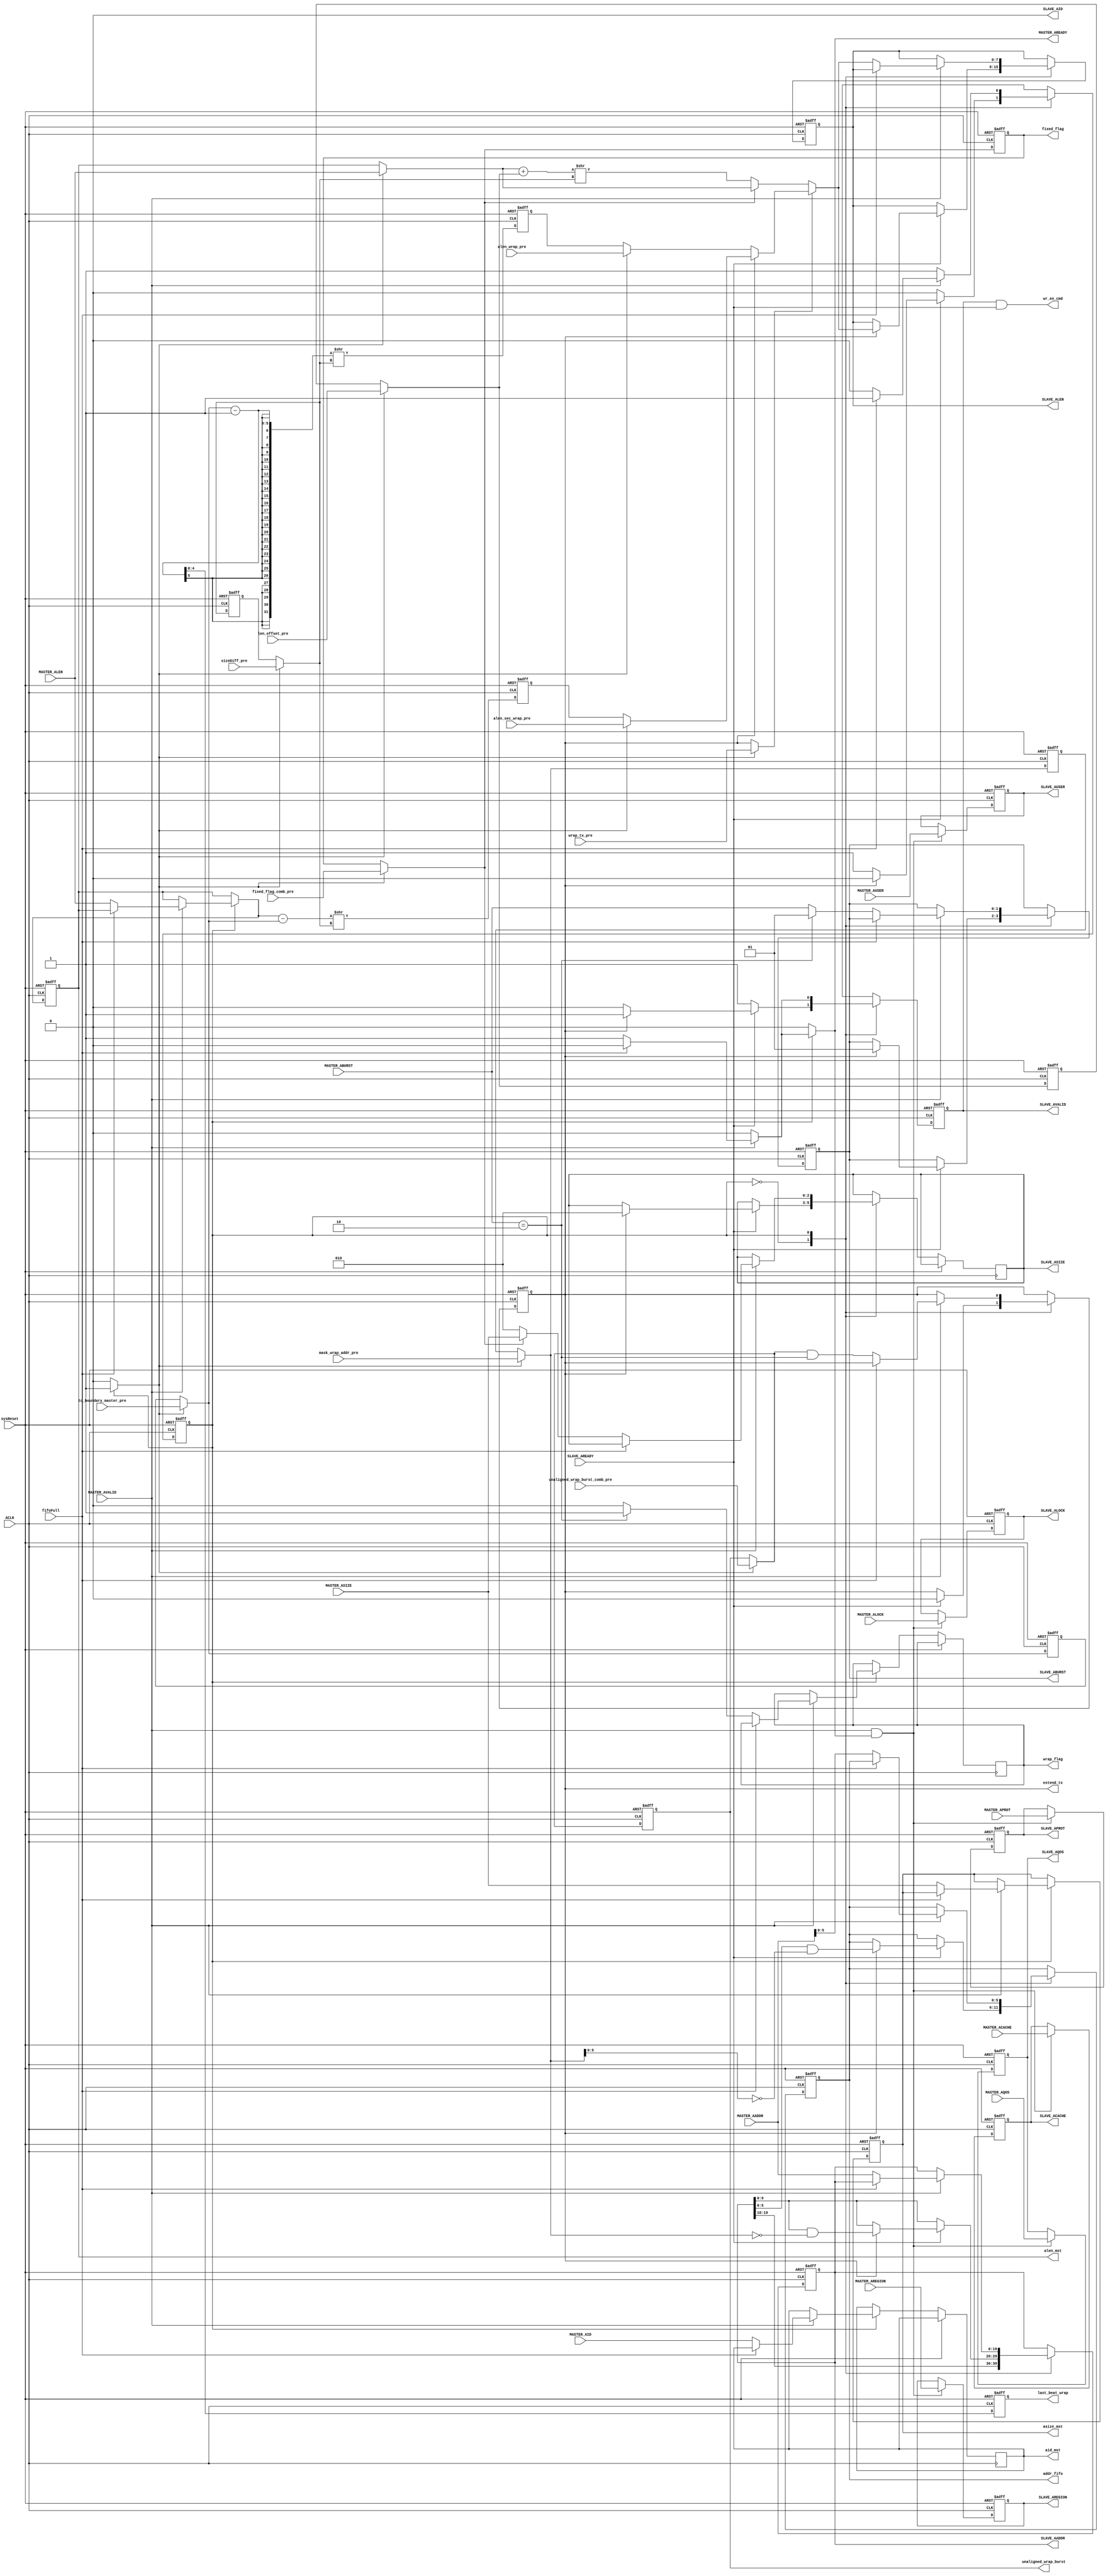
//--------------------------------------------------
//  
//      Verilog code generated by Visual Elite
//
//  Design Unit:
//  ------------
//      Unit    Name  :  DWC_UpConv_AChannel
//      Library Name  :  pk1
//  
//      Version       :  2007.11 v4.0.1 build 11. Date: Dec  9 2007. License: 2007.12
//  
//  Options Used:
//  -------------
//      Target
//         Language   :  Verilog
//         Purpose    :  Synthesis
//         Vendor     :  Generic
//  
//      Style
//         Use tasks                      :  No
//         Code Destination               :  Combined file
//         Attach Directives              :  Yes
//         Structural                     :  No
//         Free text style                :  / / ...
//         Preserve spacing for free text :  Yes
//         Declaration alignment          :  Yes
//         Sort Ports by mode             :  Yes
//         New line for each Port         :  Yes
//         Attach comment to Port         :  Yes
//
//--------------------------------------------------
//--------------------------------------------------
// ********************************************************************/                                                                                     
// Microsemi Corporation Proprietary and Confidential                                                                                     
// Copyright 2016 Microsemi Corporation.  All rights reserved.                                                                                     
//                                                                                      
// ANY USE OR REDISTRIBUTION IN PART OR IN WHOLE MUST BE HANDLED IN                                                                                     
// ACCORDANCE WITH THE MICROSEMI LICENSE AGREEMENT AND MUST BE APPROVED                                                                                     
// IN ADVANCE IN WRITING.                                                                                     
//                                                                                      
// SVN Revision Information:                                                                                     
// SVN $Revision$                                                                                     
// SVN $Date$                                                                                     
//                                                                                      
// Resolved SARs                                                                                     
// SAR      Date     Who   Description                                                                                     
// Notes:                                                                                     
//                                                                                      
//                                                                                      
// *********************************************************************/                                                                                                                 
//--------------------------------------------------
 
 
module DWC_UpConv_AChannel (
                            //  input ports
                            ACLK,
                            sysReset,
                            MASTER_ALEN,
                            MASTER_AVALID,
                            MASTER_AID,
                            MASTER_AADDR,
                            MASTER_ABURST,
                            MASTER_ACACHE,
                            MASTER_ALOCK,
                            MASTER_ASIZE,
                            MASTER_APROT,
                            MASTER_AQOS,
                            MASTER_AREGION,
                            MASTER_AUSER,
                            SLAVE_AREADY,
                            fifoFull,
                            to_boundary_master_pre,
                            mask_wrap_addr_pre,
                            sizeDiff_pre,
                            unaligned_wrap_burst_comb_pre,
                            len_offset_pre,
                            wrap_tx_pre,
                            fixed_flag_comb_pre,
                            alen_sec_wrap_pre,
                            alen_wrap_pre,
 
                            //  output ports
                            MASTER_AREADY,
                            SLAVE_ALEN,
                            SLAVE_AVALID,
                            SLAVE_AID,
                            SLAVE_AADDR,
                            SLAVE_ABURST,
                            SLAVE_ACACHE,
                            SLAVE_ALOCK,
                            SLAVE_ASIZE,
                            SLAVE_APROT,
                            SLAVE_AQOS,
                            SLAVE_AREGION,
                            SLAVE_AUSER,
                            extend_tx,
                            wr_en_cmd,
                            addr_fifo,
                            asize_mst,
                            alen_mst,
                            wrap_flag,
                            fixed_flag,
                            last_beat_wrap,
                            unaligned_wrap_burst,
                            aid_mst
                            );
 
   parameter        ADDR_WIDTH                      = 20;
   parameter        ID_WIDTH                        = 1;
   parameter        USER_WIDTH                      = 1;
   parameter        DATA_WIDTH_IN                   = 32;
   parameter        DATA_WIDTH_OUT                  = 32;
   parameter        CMD_FIFO_DATA_WIDTH             = 30;
//  input ports
   input            ACLK;
   wire             ACLK;
   input            sysReset;
   wire             sysReset;
   input     [7:0]  MASTER_ALEN;
   wire      [7:0]  MASTER_ALEN;
   input            MASTER_AVALID;
   wire             MASTER_AVALID;
   input     [ID_WIDTH - 1:0] MASTER_AID;
   wire      [ID_WIDTH - 1:0] MASTER_AID;
   input     [ADDR_WIDTH - 1:0] MASTER_AADDR;
   wire      [ADDR_WIDTH - 1:0] MASTER_AADDR;
   input     [1:0]  MASTER_ABURST;
   wire      [1:0]  MASTER_ABURST;
   input     [3:0]  MASTER_ACACHE;
   wire      [3:0]  MASTER_ACACHE;
   input     [1:0]  MASTER_ALOCK;
   wire      [1:0]  MASTER_ALOCK;
   input     [2:0]  MASTER_ASIZE;
   wire      [2:0]  MASTER_ASIZE;
   input     [2:0]  MASTER_APROT;
   wire      [2:0]  MASTER_APROT;
   input     [3:0]  MASTER_AQOS;
   wire      [3:0]  MASTER_AQOS;
   input     [3:0]  MASTER_AREGION;
   wire      [3:0]  MASTER_AREGION;
   input     [USER_WIDTH - 1:0] MASTER_AUSER;
   wire      [USER_WIDTH - 1:0] MASTER_AUSER;
   input            SLAVE_AREADY;
   wire             SLAVE_AREADY;
   input            fifoFull;
   wire             fifoFull;
   input     [4:0]  to_boundary_master_pre;
   wire      [4:0]  to_boundary_master_pre;
   input     [9:0]  mask_wrap_addr_pre;
   wire      [9:0]  mask_wrap_addr_pre;
   input     [2:0]  sizeDiff_pre;
   wire      [2:0]  sizeDiff_pre;
   input            unaligned_wrap_burst_comb_pre;
   wire             unaligned_wrap_burst_comb_pre;
   input     [5:0]  len_offset_pre;
   wire      [5:0]  len_offset_pre;
   input            wrap_tx_pre;
   wire             wrap_tx_pre;
   input            fixed_flag_comb_pre;
   wire             fixed_flag_comb_pre;
   input     [7:0]  alen_sec_wrap_pre;
   wire      [7:0]  alen_sec_wrap_pre;
   input     [7:0]  alen_wrap_pre;
   wire      [7:0]  alen_wrap_pre;
//  output ports
   output           MASTER_AREADY;
   reg              MASTER_AREADY;
   output    [7:0]  SLAVE_ALEN;
   reg       [7:0]  SLAVE_ALEN;
   output           SLAVE_AVALID;
   reg              SLAVE_AVALID;
   output    [ID_WIDTH - 1:0] SLAVE_AID;
   wire      [ID_WIDTH - 1:0] SLAVE_AID;
   output    [ADDR_WIDTH - 1:0] SLAVE_AADDR;
   reg       [ADDR_WIDTH - 1:0] SLAVE_AADDR;
   output    [1:0]  SLAVE_ABURST;
   reg       [1:0]  SLAVE_ABURST;
   output    [3:0]  SLAVE_ACACHE;
   reg       [3:0]  SLAVE_ACACHE;
   output    [1:0]  SLAVE_ALOCK;
   reg       [1:0]  SLAVE_ALOCK;
   output    [2:0]  SLAVE_ASIZE;
   reg       [2:0]  SLAVE_ASIZE;
   output    [2:0]  SLAVE_APROT;
   reg       [2:0]  SLAVE_APROT;
   output    [3:0]  SLAVE_AQOS;
   reg       [3:0]  SLAVE_AQOS;
   output    [3:0]  SLAVE_AREGION;
   reg       [3:0]  SLAVE_AREGION;
   output    [USER_WIDTH - 1:0] SLAVE_AUSER;
   reg       [USER_WIDTH - 1:0] SLAVE_AUSER;
   output           extend_tx;
   reg              extend_tx;
   output           wr_en_cmd;
   wire             wr_en_cmd;
   output    [5:0]  addr_fifo;
   reg       [5:0]  addr_fifo;
   output    [2:0]  asize_mst;
   reg       [2:0]  asize_mst;
   output    [7:0]  alen_mst;
   reg       [7:0]  alen_mst;
   output           wrap_flag;
   reg              wrap_flag;
   output           fixed_flag;
   reg              fixed_flag;
   output    [4:0]  last_beat_wrap;
   reg       [4:0]  last_beat_wrap;
   output           unaligned_wrap_burst;
   reg              unaligned_wrap_burst;
   output    [ID_WIDTH - 1:0] aid_mst;
   reg       [ID_WIDTH - 1:0] aid_mst;
//  local signals
   wire      [1:0]  WRAP;
   reg       [4:0]  to_boundary_master;
   reg       [4:0]  to_boundary_master_reg;
   wire      [7:0]  alen_int;
   wire      [8:0]  alen_tot;
   wire      [7:0]  alen_wrap;
   wire      [7:0]  alen_sec_wrap;
   wire      [7:0]  wrap_alen_out;
   wire      [7:0]  alen_out;
   reg       [5:0]  len_offset;
   reg       [5:0]  len_offset_reg;
   reg       [9:0]  mask_wrap_addr;
   reg              unaligned_wrap_burst_comb;
   reg       [2:0]  sizeDiff_reg;
   reg       [2:0]  sizeDiff;
   wire             addr_phase_accept;
   reg              wrap_tx;
   reg       [9:0]  mask_wrap_addr_reg;
   reg       [7:0]  MASTER_ALEN_int;
   reg              fixed_flag_comb;
   reg              wait_avalid_state;
   reg       [7:0]  alen_sec_wrap_reg;
   reg       [7:0]  alen_wrap_reg;
 
   parameter SEND_TRANS  = 1'b0,
             WAIT_AVALID = 1'b1;
 
 
   reg [0:0] visual_AChan_FSM_current, visual_AChan_FSM_next;
 
   reg       [7:0]  visual_SLAVE_ALEN_next;
   reg              visual_SLAVE_AVALID_next;
   reg       [ADDR_WIDTH - 1:0] visual_SLAVE_AADDR_next;
   reg       [1:0]  visual_SLAVE_ABURST_next;
   reg       [2:0]  visual_SLAVE_ASIZE_next;
   reg              visual_extend_tx_next;
   reg       [5:0]  visual_addr_fifo_next;
   reg       [2:0]  visual_asize_mst_next;
   reg       [7:0]  visual_alen_mst_next;
   reg              visual_wrap_flag_next;
   reg       [ID_WIDTH - 1:0] visual_aid_mst_next;
 
 
   // Combinational process
   always  @(SLAVE_ALEN or SLAVE_AVALID or SLAVE_AADDR or SLAVE_ABURST or SLAVE_ASIZE or extend_tx or addr_fifo or asize_mst or alen_mst or wrap_flag or aid_mst or SLAVE_AREADY or mask_wrap_addr or
             alen_out or MASTER_AVALID or fifoFull or MASTER_AADDR or unaligned_wrap_burst_comb or MASTER_ABURST or WRAP or MASTER_ASIZE or MASTER_ALEN or MASTER_AID or fixed_flag_comb or
             visual_AChan_FSM_current)
   begin : AChan_FSM_comb
      MASTER_AREADY <= 1'b0;
      visual_SLAVE_ALEN_next <= SLAVE_ALEN;
      visual_SLAVE_AVALID_next <= SLAVE_AVALID;
      visual_SLAVE_AADDR_next <= SLAVE_AADDR;
      visual_SLAVE_ABURST_next <= SLAVE_ABURST;
      visual_SLAVE_ASIZE_next <= SLAVE_ASIZE;
      visual_extend_tx_next <= extend_tx;
      visual_addr_fifo_next <= addr_fifo;
      visual_asize_mst_next <= asize_mst;
      visual_alen_mst_next <= alen_mst;
      visual_wrap_flag_next <= wrap_flag;
      visual_aid_mst_next <= aid_mst;
      wait_avalid_state <= 0;
 
 
 
      case (visual_AChan_FSM_current)
         SEND_TRANS:
            begin
               MASTER_AREADY <= 1'b0;
               if (SLAVE_AREADY)
               begin
                  if (extend_tx)
                  begin
                     visual_SLAVE_AVALID_next <= 1;
                     visual_SLAVE_AADDR_next <= {SLAVE_AADDR[ADDR_WIDTH - 1:10], (SLAVE_AADDR[9:0] & ~(mask_wrap_addr))};
                     visual_SLAVE_ALEN_next <= alen_out;
                     visual_SLAVE_ABURST_next <= 2'b01;
                     visual_addr_fifo_next <= SLAVE_AADDR[5:0] & ~(mask_wrap_addr[5:0]);
                     visual_extend_tx_next <= 1'b0;
                     visual_SLAVE_ASIZE_next <= $clog2 (DATA_WIDTH_OUT / 8);
                     visual_AChan_FSM_next <= SEND_TRANS;
                  end
                  else
                  begin
                     visual_SLAVE_AVALID_next <= 0;
                     visual_AChan_FSM_next <= WAIT_AVALID;
                  end
               end
               else
               begin
                  visual_SLAVE_AVALID_next <= 1'b1;
                  visual_AChan_FSM_next <= SEND_TRANS;
               end
            end
 
         WAIT_AVALID:
            begin
               wait_avalid_state <= 1;
               if (MASTER_AVALID)
               begin
                  if (fifoFull)
                  begin
                     visual_SLAVE_AVALID_next <= 0;
                     visual_AChan_FSM_next <= WAIT_AVALID;
                  end
                  else
                  begin
                     visual_SLAVE_AADDR_next <= MASTER_AADDR;
                     visual_SLAVE_ALEN_next <= alen_out;
                     visual_SLAVE_AVALID_next <= 1'b1;
                     MASTER_AREADY <= 1'b1;
                     visual_addr_fifo_next <= MASTER_AADDR[5:0];
                     visual_extend_tx_next <= unaligned_wrap_burst_comb & (MASTER_ABURST == WRAP);
                     visual_asize_mst_next <= MASTER_ASIZE;
                     visual_alen_mst_next <= MASTER_ALEN;
                     visual_aid_mst_next <= MASTER_AID;
                     visual_SLAVE_ASIZE_next <= (fixed_flag_comb) ? MASTER_ASIZE : $clog2 (DATA_WIDTH_OUT / 8);
                     if (MASTER_ABURST == WRAP)
                     begin
                        visual_SLAVE_ABURST_next <= 2'b01;
                        visual_wrap_flag_next <= 1'b1;
                        visual_AChan_FSM_next <= SEND_TRANS;
                     end
                     else
                     begin
                        visual_SLAVE_ABURST_next <= MASTER_ABURST;
                        visual_wrap_flag_next <= 1'b0;
                        visual_AChan_FSM_next <= SEND_TRANS;
                     end
                  end
               end
               else
               begin
                  visual_SLAVE_AVALID_next <= 0;
                  visual_AChan_FSM_next <= WAIT_AVALID;
               end
            end
 
         default:
            begin
               visual_AChan_FSM_next <= WAIT_AVALID;
            end
      endcase
   end
 
   always  @(posedge ACLK or posedge sysReset)
   begin : AChan_FSM
 
      if (sysReset)
      begin
         SLAVE_ABURST <= 2'b00;
         SLAVE_AADDR <= 0;
         SLAVE_AVALID <= 0;
         SLAVE_ALEN <= 0;
         addr_fifo <= 0;
         extend_tx <= 0;
         asize_mst <= 0;
         alen_mst <= 0;
         visual_AChan_FSM_current <= WAIT_AVALID;
      end
      else
      begin
         SLAVE_ALEN <= visual_SLAVE_ALEN_next;
         SLAVE_AVALID <= visual_SLAVE_AVALID_next;
         SLAVE_AADDR <= visual_SLAVE_AADDR_next;
         SLAVE_ABURST <= visual_SLAVE_ABURST_next;
         SLAVE_ASIZE <= visual_SLAVE_ASIZE_next;
         extend_tx <= visual_extend_tx_next;
         addr_fifo <= visual_addr_fifo_next;
         asize_mst <= visual_asize_mst_next;
         alen_mst <= visual_alen_mst_next;
         wrap_flag <= visual_wrap_flag_next;
         aid_mst <= visual_aid_mst_next;
         visual_AChan_FSM_current <= visual_AChan_FSM_next;
      end
   end
 
 
 
   always
      @( posedge ACLK or posedge sysReset )
   begin   :AChan_unchanged_sigs
 
      if (sysReset)
      begin
         SLAVE_ALOCK <= 0;
         SLAVE_APROT <= 0;
         SLAVE_AUSER <= 0;
         SLAVE_AREGION <= 0;
         SLAVE_AQOS <= 0;
         SLAVE_ACACHE <= 0;
      end
      else
      begin
         if (addr_phase_accept)
         begin
            SLAVE_ALOCK <= MASTER_ALOCK;
            SLAVE_APROT <= MASTER_APROT;
            SLAVE_AUSER <= MASTER_AUSER;
            SLAVE_AREGION <= MASTER_AREGION;
            SLAVE_AQOS <= MASTER_AQOS;
            SLAVE_ACACHE <= MASTER_ACACHE;
         end
      end
   end
 
 
 
   always
      @( posedge ACLK or posedge sysReset )
   begin   :ctrl_sigs_reg
 
      if (sysReset)
      begin
         to_boundary_master_reg <= 0;
         sizeDiff_reg <= 0;
         unaligned_wrap_burst <= 0;
         len_offset_reg <= 0;
         last_beat_wrap <= 0;
         mask_wrap_addr_reg <= 0;
         fixed_flag  <= 1'b0;
         alen_sec_wrap_reg <= 0;
         alen_wrap_reg <= 0;
      end
      else
      begin
         to_boundary_master_reg <= to_boundary_master;
         sizeDiff_reg <= sizeDiff;
         unaligned_wrap_burst <= unaligned_wrap_burst_comb;
         len_offset_reg <= len_offset;
         last_beat_wrap <= to_boundary_master - 1;
         mask_wrap_addr_reg <= mask_wrap_addr;
         fixed_flag <= fixed_flag_comb;
         alen_sec_wrap_reg <= (visual_alen_mst_next - to_boundary_master) >> sizeDiff;
         alen_wrap_reg <= ((to_boundary_master - 1) >>  sizeDiff);
      end
   end
 
 
 
   always  @(wait_avalid_state or to_boundary_master_pre or mask_wrap_addr_pre or sizeDiff_pre or unaligned_wrap_burst_comb_pre or MASTER_ALEN or len_offset_pre or wrap_tx_pre or fixed_flag_comb_pre or
             to_boundary_master_reg or mask_wrap_addr_reg or sizeDiff_reg or unaligned_wrap_burst or alen_mst or len_offset_reg or extend_tx or fixed_flag)
   begin   :comb
 
      if (wait_avalid_state)
      begin
         to_boundary_master <=  to_boundary_master_pre;
         mask_wrap_addr <= mask_wrap_addr_pre;
         sizeDiff <= sizeDiff_pre;
         unaligned_wrap_burst_comb <= unaligned_wrap_burst_comb_pre;
         MASTER_ALEN_int <= MASTER_ALEN;
         len_offset <= len_offset_pre;
         wrap_tx <= wrap_tx_pre;
         fixed_flag_comb <= fixed_flag_comb_pre;
      end
      else
      begin
         to_boundary_master <= to_boundary_master_reg;
         mask_wrap_addr <= mask_wrap_addr_reg;
         sizeDiff <=  sizeDiff_reg;
         unaligned_wrap_burst_comb <= unaligned_wrap_burst;
         MASTER_ALEN_int <= alen_mst;
         len_offset <= len_offset_reg;
         wrap_tx <= extend_tx;
         fixed_flag_comb <= fixed_flag;
      end
   end
 
   // use master address when MASTER_AVALID is asserted otherwise use the latched version
   assign addr_beat = MASTER_AADDR[MASTER_ASIZE+:4] & MASTER_ALEN;
 
   assign wr_en_cmd = SLAVE_AVALID & SLAVE_AREADY;
 
   assign mask = (DATA_WIDTH_OUT/8) - 1;
 
   assign alen_tot = (MASTER_ALEN_int + len_offset);
   //assign alen_wrap = ((to_boundary_master - 1) >>  sizeDiff);
   assign alen_wrap = wait_avalid_state ? alen_wrap_pre : alen_wrap_reg;
   //assign alen_sec_wrap = (MASTER_ALEN_int - to_boundary_master)  >>  sizeDiff;
   assign alen_sec_wrap = wait_avalid_state ? alen_sec_wrap_pre : alen_sec_wrap_reg;
   assign wrap_alen_out = (extend_tx ? alen_sec_wrap : alen_wrap );
   assign alen_int = (fixed_flag_comb) ? MASTER_ALEN_int : (alen_tot  >>  sizeDiff);
   // assign the number of beats left to reach the wrap boundary to alen_out for the first address phase of a wrap burst
   // assign 0 to alen_out for the second address phase of a wrap burst
   // assign the converted length (alen_int) to alen_out in case of INCR or FIXED
   assign alen_out = ((wrap_tx) ? wrap_alen_out : alen_int);
 
   assign addr_phase_accept = MASTER_AVALID & MASTER_AREADY;
 
   // force the slave to process transaction in order. It reduces the memory resources required in the converters
   assign SLAVE_AID = 0;
 
   assign WRAP = 2'b10;
   assign FIXED = 2'b00;
 
 
endmodule